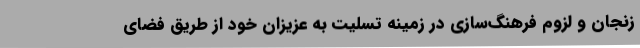
زنجان و لزوم فرهنگ‌سازی در زمینه تسلیت به عزیزان خود از طریق فضای